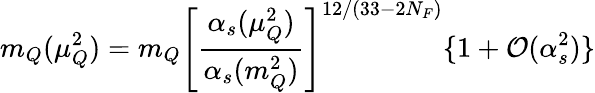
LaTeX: m_{Q}(\mu_{Q}^{2})=m_{Q}\left[\frac{\alpha_{s}(\mu_{Q}^{2})}{\alpha_{s}(m_{Q}^{2})}\right]^{12/(33-2N_{F})}\{ 1+{\cal O}(\alpha_{s}^{2})\}